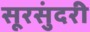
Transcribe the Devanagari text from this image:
सूरसुंदरी